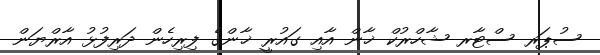
ސުޕަރ ސްޓާރ ޝާހްރުކް ޚާން އާއި ގައުރީ ޚާންގެ ފިރިހެން ދަރިފުޅު އާރްޔަން